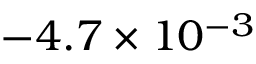
- 4 . 7 \times 1 0 ^ { - 3 }